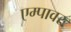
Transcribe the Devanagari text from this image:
एम्पावर